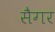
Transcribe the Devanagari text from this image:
सैगर